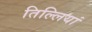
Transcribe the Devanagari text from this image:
तिल्लियां